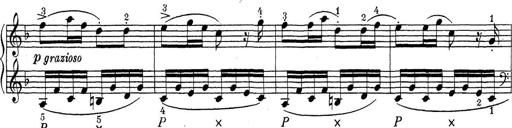
Title: ÄŒeskÃ© Sonatiny
Composer: Various